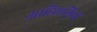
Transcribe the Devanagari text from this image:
आहिताग्नियों